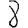
Digit: 8